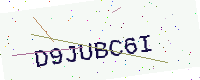
Text: D9JUBC6I